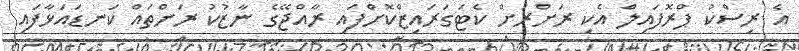
އެ ރިސްކު ޕްރޮފައިލް އެކި ރަށްރަށް ކެޓަގަރައިޒްކޮށްފައި ރާއްޖޭގެ ނާޒުކު ރަށްތައް ކަނޑައަޅާފައި